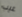
عيب